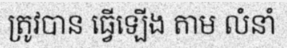
ត្រូវបាន ធ្វើឡើង តាម លំនាំ